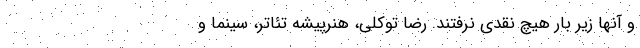
و آنها زیر بار هیچ نقدی نرفتند. رضا توکلی، هنرپیشه تئاتر، سینما و